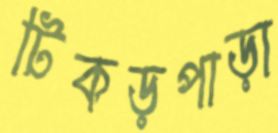
টিকড়পাড়া